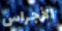
الأجراس